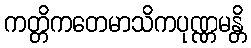
ကတ္တိကတေမာသိကပုဏ္ဏမန္တိ